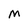
Character: m